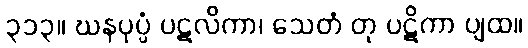
၃၁၃။ ဃနပုပ္ဖံ ပဋလိကာ၊ သေတံ တု ပဋိကာ ပျထ။